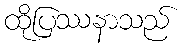
ထိုပြဿနာသည်